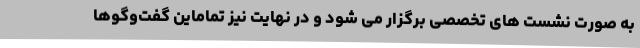
به صورت نشست های تخصصی برگزار می شود و در نهایت نیز تماماین گفت‌وگوها